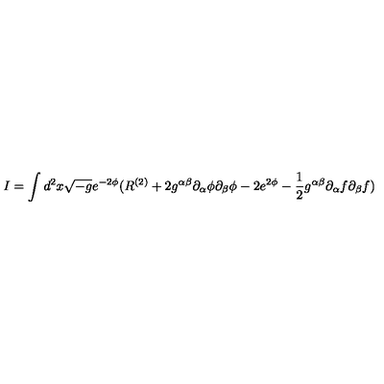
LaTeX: I = \int d ^ { 2 } x \sqrt { - g } e ^ { - 2 \phi } ( R ^ { ( 2 ) } + 2 g ^ { \alpha \beta } \partial _ { \alpha } \phi \partial _ { \beta } \phi - 2 e ^ { 2 \phi } - \frac { 1 } { 2 } g ^ { \alpha \beta } \partial _ { \alpha } f \partial _ { \beta } f )